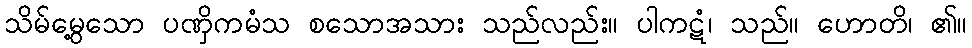
သိမ်မွေ့သော ပဏှိကမံသ စသောအသား သည်လည်း။ ပါကဋံ၊ သည်။ ဟောတိ၊ ၏။